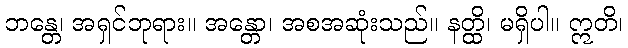
ဘန္တေ၊ အရှင်ဘုရား။ အန္တော၊ အစအဆုံးသည်။ နတ္ထိ၊ မရှိပါ။ ဣတိ၊